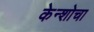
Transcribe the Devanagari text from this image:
केन्शोचा